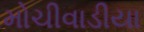
મોચીવાડીયા